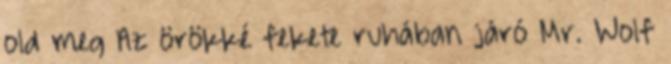
old meg Az örökké fekete ruhában járó Mr. Wolf